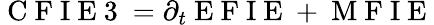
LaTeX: \mathrm{~C~F~I~E~3~}=\partial_{t}\mathrm{~E~F~I~E~}+\mathrm{~M~F~I~E~}